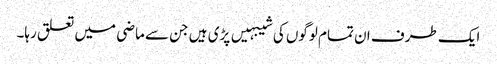
ایک طرف ان تمام لوگوں کی شیبہیں پڑی ہیں جن سے ماضی میں تعلق رہا۔